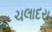
ચલાદરા